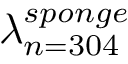
\lambda _ { n = 3 0 4 } ^ { s p o n g e }